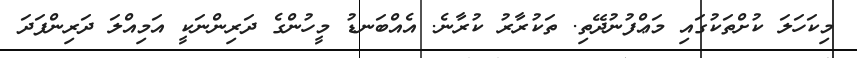
މިކަހަލަ ކުށްތަކުގައި މަޢްފުނުދޭތި. ތަކުރާރު ކުރާނެ. އެއްބަނޑު މީހުންގެ ދަރިންނަކީ އަމިއްލަ ދަރިންފަދަ